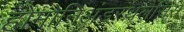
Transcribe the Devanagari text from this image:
होमोनिअंडरथलैसिस